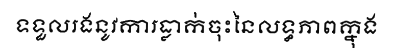
ទទួលរងនូវការធ្លាក់ចុះនៃលទ្ធភាពក្នុង